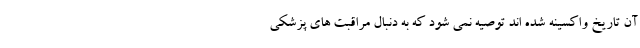
آن تاریخ واکسینه شده اند توصیه نمی شود که به دنبال مراقبت های پزشکی